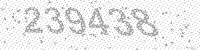
Solution: 239438